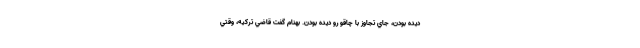
ديده بودن، جاي تجاوز با چاقو رو ديده بودن. بهنام گفت قاضي تركيه، وقتي